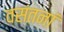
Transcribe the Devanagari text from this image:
वसंतनां